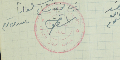
رئيس لجنة مشاع سلعاتا اسطفان سلوم مامور فريد كرم